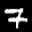
Label: 7